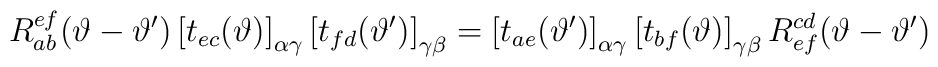
R^{ef}_{ab}(\vartheta -\vartheta ')\left[ t_{ec}(\vartheta )\right] _{\alpha \gamma }\left[ t_{fd}(\vartheta ')\right] _{\gamma \beta }=\left[ t_{ae}(\vartheta ')\right] _{\alpha \gamma }\left[ t_{bf}(\vartheta )\right] _{\gamma \beta }R^{cd}_{ef}(\vartheta -\vartheta ')